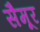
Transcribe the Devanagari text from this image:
सैमूर